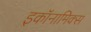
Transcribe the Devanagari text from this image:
इकॉनामिक्स